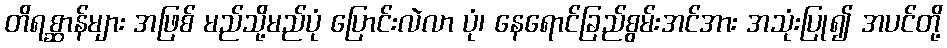
တိရစ္ဆာန်များ အဖြစ် မည်သို့မည်ပုံ ပြောင်းလဲလာ ပုံ၊ နေရောင်ခြည်စွမ်းအင်အား အသုံးပြု၍ အပင်တို့